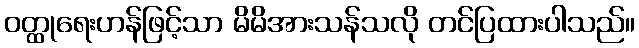
ဝတ္ထုရေးဟန်ဖြင့်သာ မိမိအားသန်သလို တင်ပြထားပါသည်။